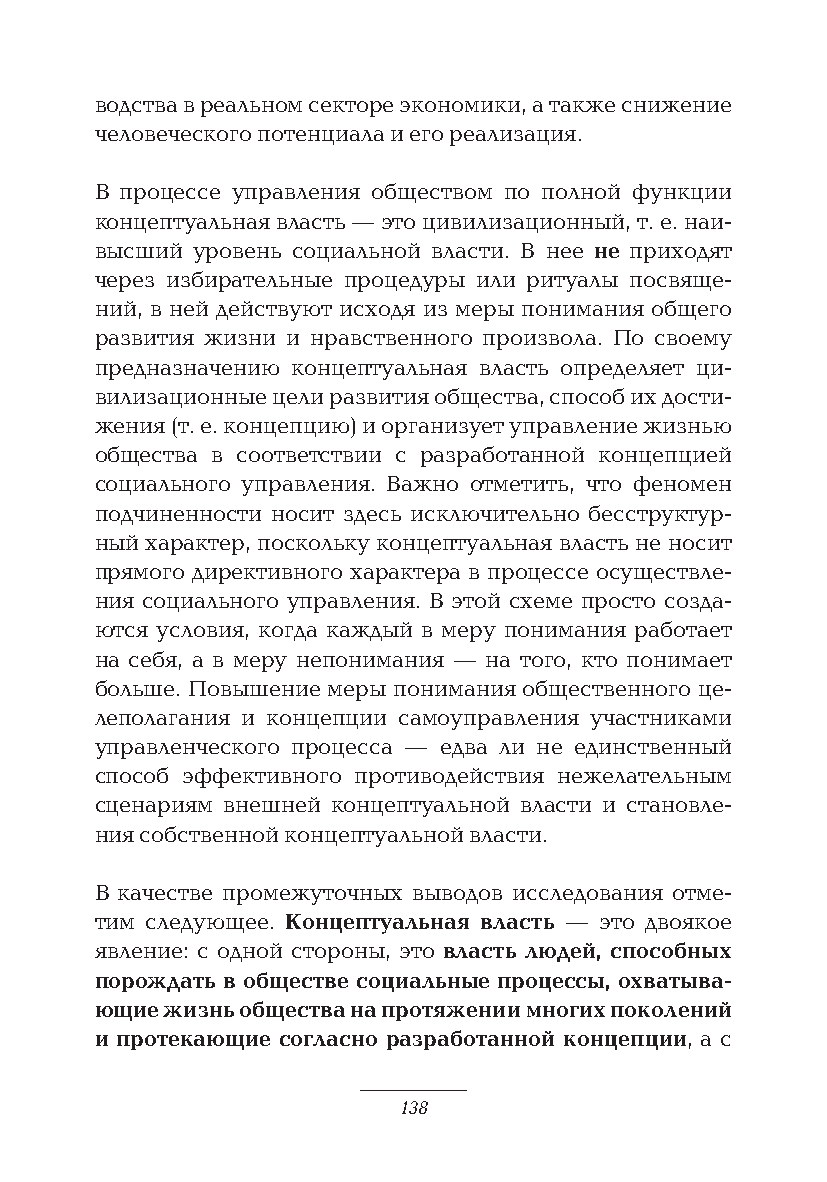
водства в реальном секторе экономики, а также снижение
 человеческого потенциала и его реализация.
 В процессе управления обществом по полной функции
 концептуальная власть — это цивилизационный, т. е. наи-
 высший уровень социальной власти. В нее не приходят
 через избирательные процедуры или ритуалы посвяще-
 ний, в ней действуют исходя из меры понимания общего
 развития жизни и нравственного произвола. По своему
 предназначению концептуальная власть определяет ци-
 вилизационные цели развития общества, способ их дости-
 жения (т. е. концепцию) и организует управление жизнью
 общества в соответствии с разработанной концепцией
 социального управления. Важно отметить, что феномен
 подчиненности носит здесь исключительно бесструктур-
 ный характер, поскольку концептуальная власть не носит
 прямого директивного характера в процессе осуществле-
 ния социального управления. В этой схеме просто созда-
 ются условия, когда каждый в меру понимания работает
 на себя, а в меру непонимания — на того, кто понимает
 больше. Повышение меры понимания общественного це-
 леполагания и концепции самоуправления участниками
 управленческого процесса — едва ли не единственный
 способ эффективного противодействия нежелательным
 сценариям внешней концептуальной власти и становле-
 ния собственной концептуальной власти.
 В качестве промежуточных выводов исследования отме-
 тим следующее. Концептуальная власть — это двоякое
 явление: с одной стороны, это власть людей, способных
 порождать в обществе социальные процессы, охватыва-
 ющие жизнь общества на протяжении многих поколений
 и протекающие согласно разработанной концепции, а с
 138